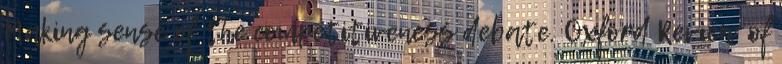
Making sense of the competitiveness debate. Oxford Review of